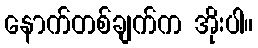
နောက်တစ်ချက်က အိုးပါ။